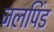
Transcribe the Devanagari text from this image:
जलपिंड